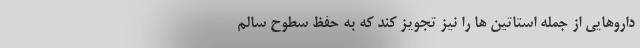
داروهایی از جمله استاتین ها را نیز تجویز کند که به حفظ سطوح سالم